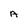
Character: A